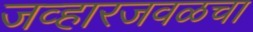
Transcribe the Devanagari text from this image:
जव्हारजवळचा